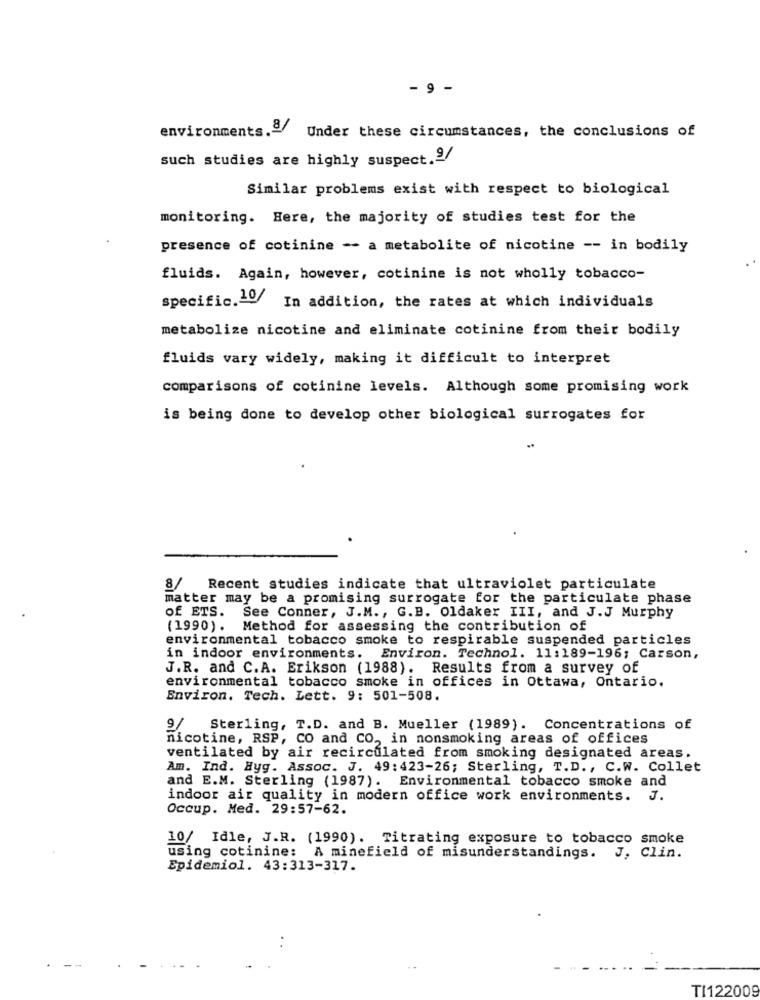
- 9 -
environments.ª Under these circumstances, the conclusions of
such studies are highly suspect.9/
Similar problems exist with respect to biological
monitoring. Here, the majority of studies test for the
presence of cotinine -- a metabolite of nicotine -- in bodily
fluids. Again, however, cotinine is not wholly tobacco-
specific.20/ In addition, the rates at which individuals
metabolize nicotine and eliminate cotinine from their bodily
fluids vary widely, making it difficult to interpret
comparisons of cotinine levels. Although some promising work
is being done to develop other biological surrogates for
8/ Recent studies indicate that ultraviolet particulate
matter may be a promising surrogate for the particulate phase
of ETS. See Conner, J.M ., G.B. Oldaker III, and J.J Murphy
(1990). Method for assessing the contribution of
environmental tobacco smoke to respirable suspended particles
in indoor environments. Environ. Technol. 11:189-196; Carson,
J.R. and C.A. Erikson (1988). Results from a survey of
environmental tobacco smoke in offices in Ottawa, Ontario.
Environ. Tech. Lett. 9: 501-508.
9/
Sterling, T.D. and B. Mueller (1989). Concentrations of
nicotine, RSP, CO and CO, in nonsmoking areas of offices
ventilated by air recirculated from smoking designated areas.
Am. Ind. Hyg. Assoc. J. 49:423-26; Sterling, T.D ., C.W. Collet
and E.M. Sterling (1987). Environmental tobacco smoke and
indoor air quality in modern office work environments. J.
Occup. Med. 29:57-62.
10/ Idle, J.R. (1990). Titrating exposure to tobacco smoke
using cotinine: A minefield of misunderstandings. J, Clin.
Epidemiol. 43:313-317.
TI122009